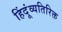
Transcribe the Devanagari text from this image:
हिंदूंव्यतिरिक्त